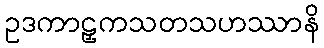
ဥဒကာဠှကသတသဟဿာနိ